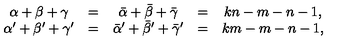
\begin{array} { c c c c c } { \alpha + \beta + \gamma } & { = } & { \bar { \alpha } + \bar { \beta } + \bar { \gamma } } & { = } & { k n - m - n - 1 , } \\ { \alpha ^ { \prime } + \beta ^ { \prime } + \gamma ^ { \prime } } & { = } & { \bar { \alpha } ^ { \prime } + \bar { \beta } ^ { \prime } + \bar { \gamma } ^ { \prime } } & { = } & { k m - m - n - 1 , } \\ \end{array}